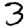
Digit: 3